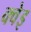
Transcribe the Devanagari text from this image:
क्वेइ